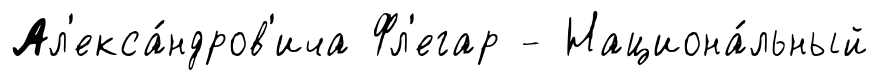
Ал'екса́ндров'ича Фл'егар - Национа́льный